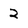
Character: 2